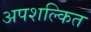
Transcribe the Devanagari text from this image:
अपशल्कित